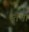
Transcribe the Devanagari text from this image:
स्तंभा